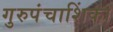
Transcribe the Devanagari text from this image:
गुरुपंचाशिंका